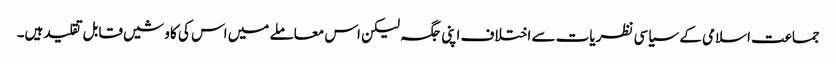
جماعت اسلامی کے سیاسی نظریات سے اختلاف اپنی جگہ لیکن اس معاملے میں اس کی کاوشیں قابل تقلید ہیں۔